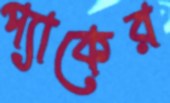
প্যাকের